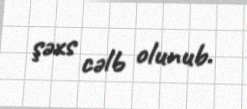
şəxs cəlb olunub.